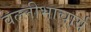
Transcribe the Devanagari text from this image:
वल्लीभाचार्य